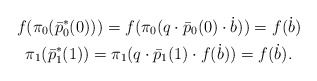
\begin{gather*}f(\pi_0(\bar p^*_0(0)))=f(\pi_0(q\cdot\bar p_0(0)\cdot \dot b))=f(\dot b) \\\pi_1(\bar p^*_1(1))=\pi_1(q\cdot\bar p_1(1)\cdot f(\dot b))=f(\dot b). \end{gather*}